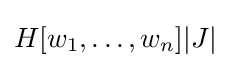
H[w_{1},\dots ,w_{n}]|J|